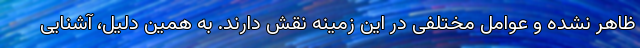
ظاهر نشده و عوامل مختلفی در این زمینه نقش دارند. به همین دلیل، آشنایی